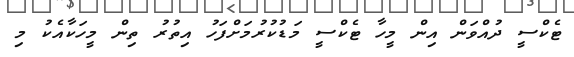
ޓެކްސީ ދުއްވަން އިން މީހާ ޓެކްސީ މަޑުކުރުމަށްފަހު އިތުރު ތިން މީހަކާއެކު މި